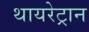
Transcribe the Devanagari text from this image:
थायरेट्रान